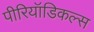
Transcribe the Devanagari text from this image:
पीरियॉडिकल्स